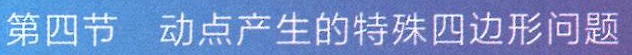
第四节 动点产生的特殊四边形问题